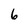
Character: 6